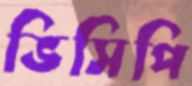
ভিসিপি